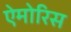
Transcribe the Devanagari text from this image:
ऐमोरिस